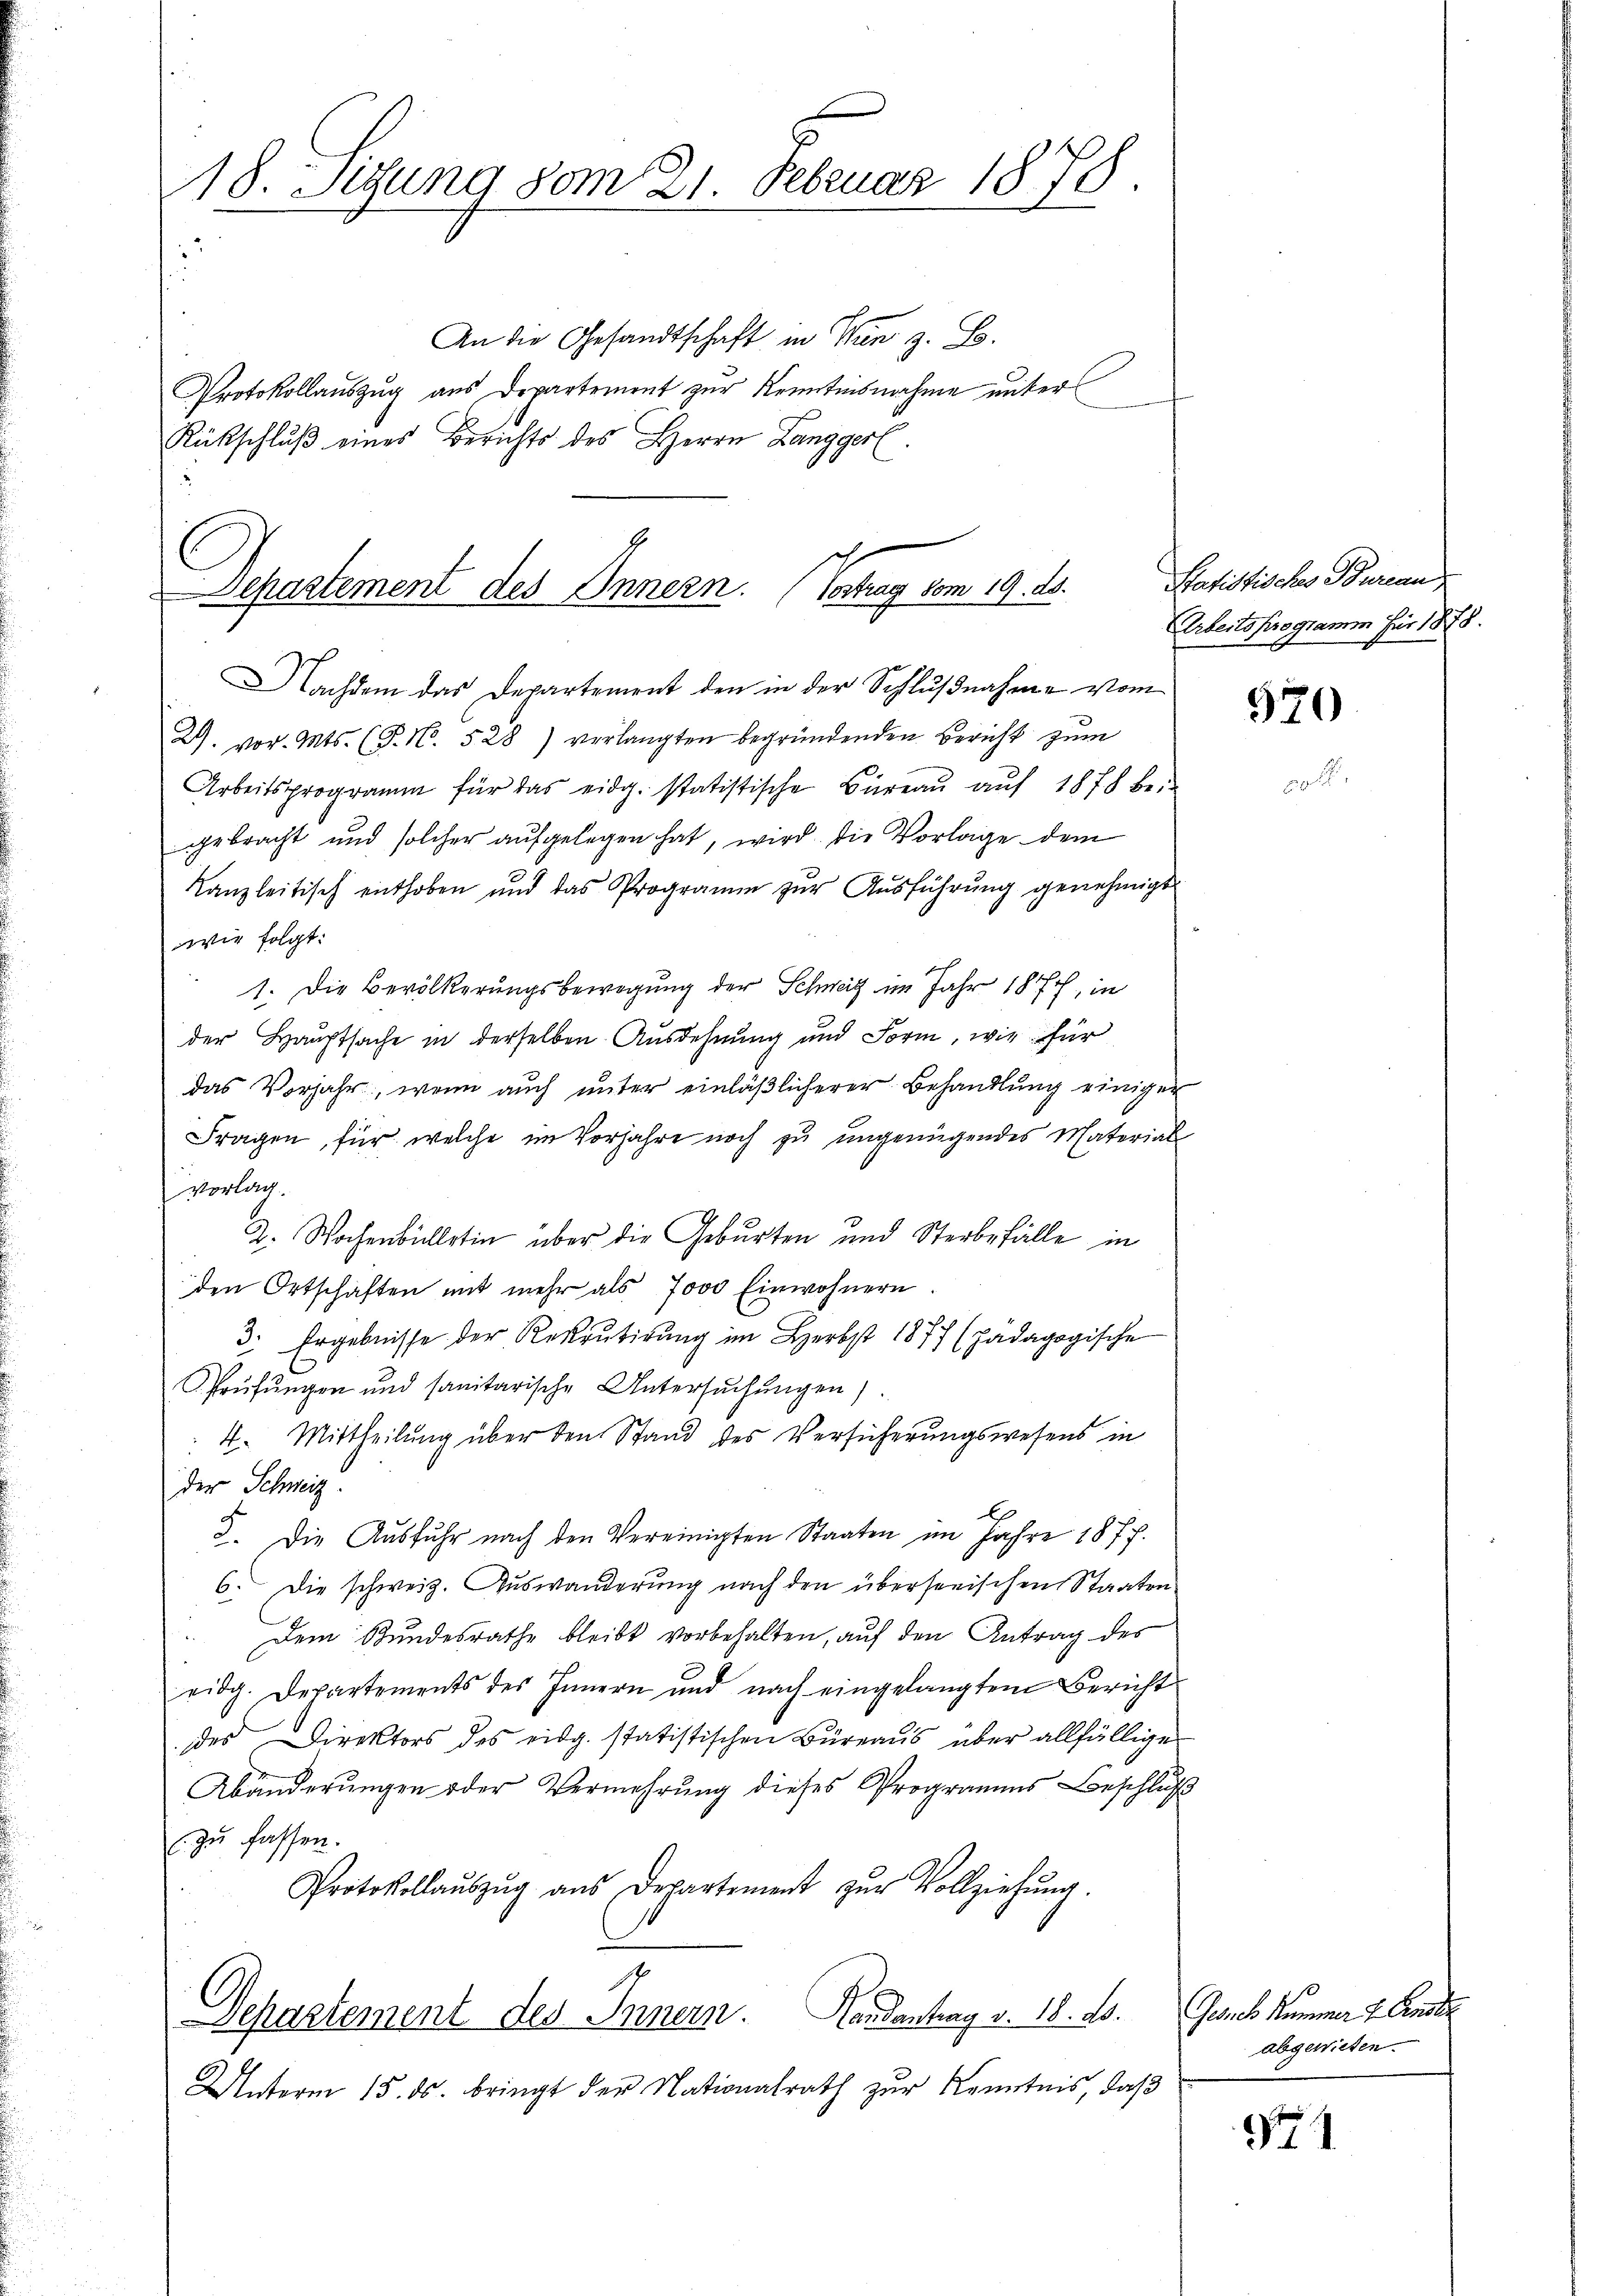
18. Sitzung vom 21. Februar 1878
.

An die Gesandtschaft in Wan z. S.
Protokollauszug aus Departement zur Kenntnisnahme unter
Rückschlŭβ eines Berichts des Herrn Langgerl.

Departement des Innern. (Vertrag vom 19. ds.

Nachdem das Departement den in der Schlußnahme vom
2. vor. Mts. (T. N. 528) verlangten begründenden Bericht zum
Arbeitsprogramm für das eidg. statistische Büreaŭ aŭf 1878 be-
gebracht und solcher aufgelegen hat, wird die Vorlage dem
Kanzleitisch enthoben und das Programm zur Ausführung genehmigt.
wie folgt:
1. Die Bevölkerungsbewegung der Schweiz im Jahr 187, in
der Hauptsache in derselben Ausdehnung und Form, wie für
das Vorjahr, wenn aŭch ŭnter einläβlicherer Behandlung einiger
Fragen, für welche im Vorjahre noch zu ungenügendes Material
vorlag.
2. Wochenbülletin über die Geburten und Sterbefälle in
den Ortschaften mit mehr als 7000 Einwohnern
3. Ergebnisse der Rekrutirŭng im Herbst 1877 (Jadagogische
Prüfungen und sanitarische Untersuchungen
4. Mittheilung über den Stand des Versicherungswesens in
der Schweiz.
8. Die Ausfuhr nach den Vereinigten Staaten im Jahre 1877.
6. Die schweiz. Auswanderung nach den überseeischen Staaten
Dem Bundesrathe bleibt vorbehalten, auf den Antrag des
eidg. Departements des Innern und nach eingelangtem Bericht
des Direktors des eidg. statistischen Büreaŭs über allfällige
Abänderungen oder Vermehrung dieses Programms Beschluß
zu fassen.
Protokollaŭszŭg aŭs Departement zŭr Vollziehŭng.
Departement des Innern. Landantrag v. 18. ds.
Unterm 15. ds. bringt der Nationalrath zur Kenntnis, daß

Hatistischer Bureau
Arbeitsprogramm für 1878.

970

Gesuch Kummer 7. Ausde
abgewieten

1